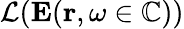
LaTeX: \mathcal{L}(\mathbf{E}(\mathbf{r},\omega\in\mathbb{C}))